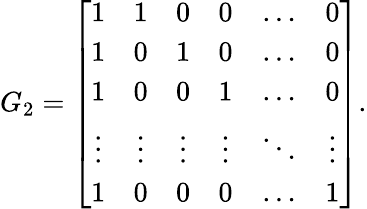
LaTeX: G_{2}=\left[\begin{array}{cccccc}{1}&{1}&{0}&{0}&{\ldots}&{0}\\ {1}&{0}&{1}&{0}&{\ldots}&{0}\\ {1}&{0}&{0}&{1}&{\ldots}&{0}\\ {\vdots}&{\vdots}&{\vdots}&{\vdots}&{\ddots}&{\vdots}\\ {1}&{0}&{0}&{0}&{\ldots}&{1}\end{array}\right].